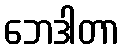
ဘေဒါတာ